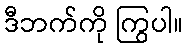
ဒီဘက်ကို ကြွပါ။